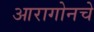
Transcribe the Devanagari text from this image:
आरागोनचे